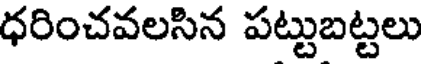
ధరించవలసిన పట్టుబట్టలు